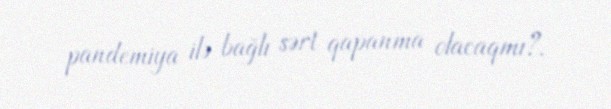
pandemiya ilə bağlı sərt qapanma olacaqmı?.